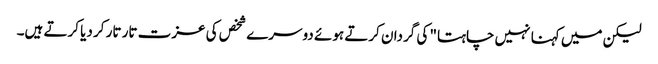
لیکن میں کہنا نہیں چاہتا" کی گردان کرتے ہوئے دوسرے شخص کی عزت تار تار کر دیا کرتے ہیں۔